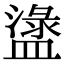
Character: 𥂖